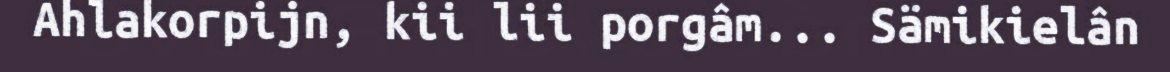
Ahlakorpijn, kii lii porgâm... Sämikielân